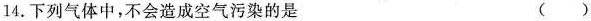
14.下列气体中，不会造成空气污染的是 （ ）